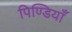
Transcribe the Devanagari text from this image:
पिण्डियाँ